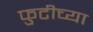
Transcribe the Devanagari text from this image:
फुटीच्या